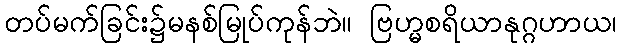
တပ်မက်ခြင်း၌မနစ်မြုပ်ကုန်ဘဲ။ ဗြဟ္မစရိယာနုဂ္ဂဟာယ၊